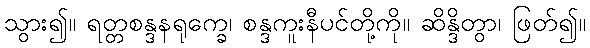
သွား၍။ ရတ္တစန္ဒနရုက္ခေ၊ စန္ဒကူးနီပင်တို့ကို။ ဆိန္ဒိတွာ၊ ဖြတ်၍။